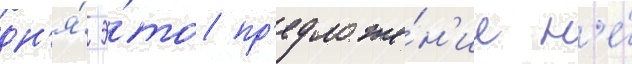
дн'я́ э́то пр'едложе́н'ие н'е́